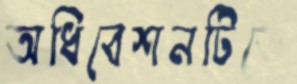
অধিবেশনটিতে